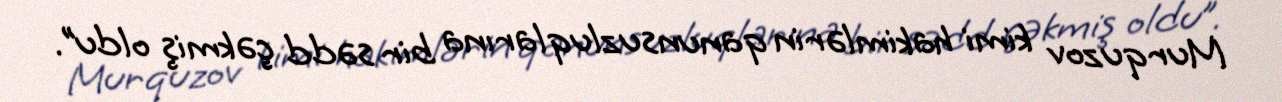
Murquzov kimi hakimlərin qanunsuzluqlarına bir sədd çəkmiş oldu”.